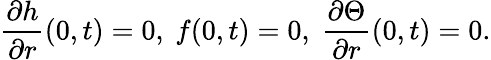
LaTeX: \frac{\partial h}{\partial r}(0,t)=0,\ f(0,t)=0,\ \frac{\partial\Theta}{\partial r}(0,t)=0.